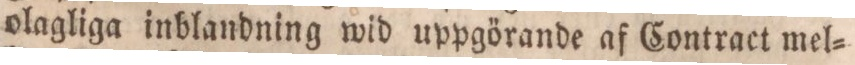
olagliga inblandning wid uppgörande af Contract mel=